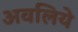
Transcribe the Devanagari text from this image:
अवलिये